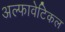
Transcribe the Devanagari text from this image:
अल्फावेटिकल